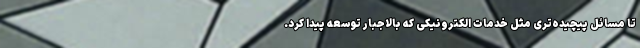
تا مسائل پیچیده‌تری مثل خدمات الکترونیکی که بالاجبار توسعه پیدا کرد.